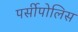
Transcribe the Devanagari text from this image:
पर्सीपोलिस